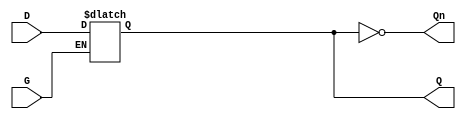
module gated_d_latch (
    input wire D,      // Data input
    input wire G,      // Gate/Enable input
    output reg Q,      // Output
    output wire Qn     // Complement of output Q
);

// Complement of Q
assign Qn = ~Q;

// Always block sensitive to the gate signal
always @(*) begin
    if (G) begin
        // When G is high, Q follows D
        Q = D;
    end
    // If G is low, Q retains its previous value (opaque state)
end

endmodule